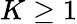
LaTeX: K\geq 1